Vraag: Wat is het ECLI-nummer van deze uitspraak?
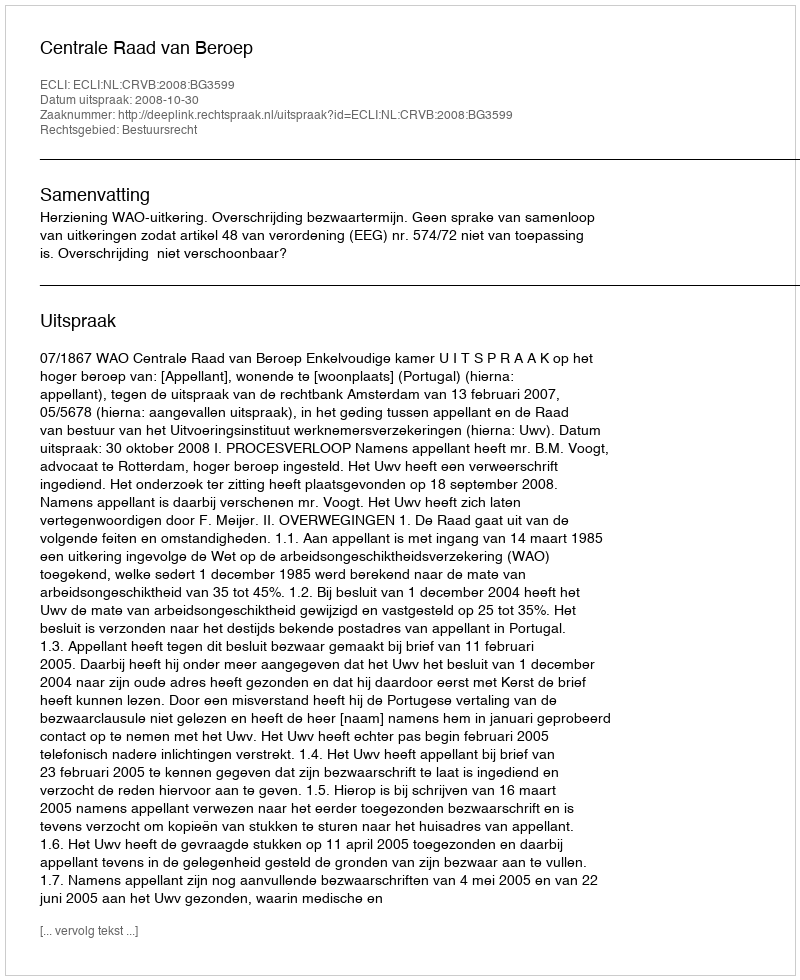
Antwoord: ECLI:NL:CRVB:2008:BG3599